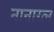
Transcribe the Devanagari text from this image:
नानारत्न